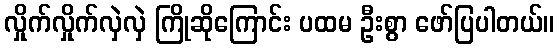
လှိုက်လှိုက်လှဲလှဲ ကြိုဆိုကြောင်း ပထမ ဦးစွာ ဖော်ပြပါတယ်။